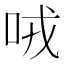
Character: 𠲦